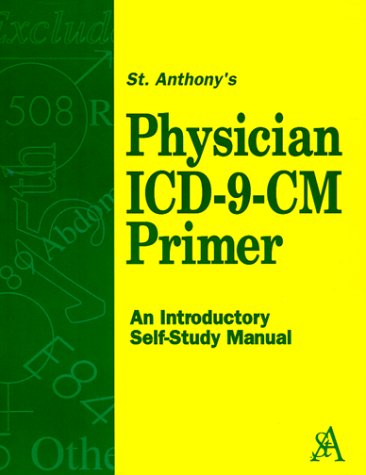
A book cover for Physician ICD-P Physician CM Primer; St. Anthony; Medical Books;